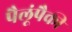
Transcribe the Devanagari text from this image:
पैलूंपैकी